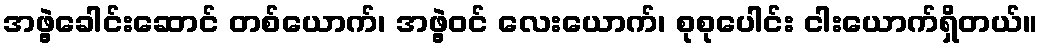
အဖွဲ့ခေါင်းဆောင် တစ်ယောက်၊ အဖွဲ့ဝင် လေးယောက်၊ စုစုပေါင်း ငါးယောက်ရှိတယ်။